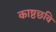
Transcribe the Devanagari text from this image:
काष्ठछवि